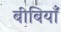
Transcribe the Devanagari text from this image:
बीबियाँ